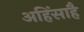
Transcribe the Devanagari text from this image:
अहिंसाहै